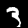
Digit: 3